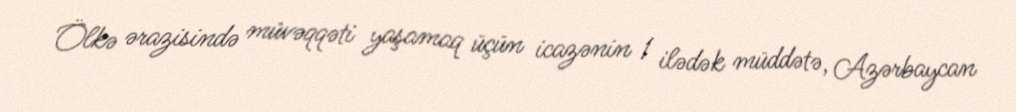
Ölkə ərazisində müvəqqəti yaşamaq üçün icazənin 1 ilədək müddətə, Azərbaycan